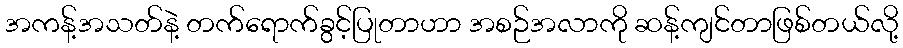
အကန့်အသတ်နဲ့ တက်ရောက်ခွင့်ပြုတာဟာ အစဉ်အလာကို ဆန့်ကျင်တာဖြစ်တယ်လို့